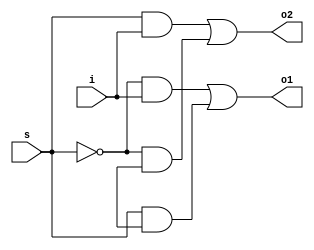

module demux(o1,o2,i,s);            //1x2 DEMUX

input i,s;
output o1,o2;
wire x,s_,w1,w2,w3,w4;

not(s_,s);
and(w1,s_,i);
and(w2,s,i);
and(w3,s,x);
and(w4,s_,x);
or(o1,w1,w3);
or(o2,w2,w4);
endmodule